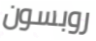
روبسون